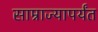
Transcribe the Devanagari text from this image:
साम्राज्यापर्यंत